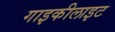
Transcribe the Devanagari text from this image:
गाइकीलाइट